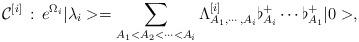
LaTeX: \begin{align*}{\cal C}^{[i]}\, : \, e^{\Omega _i}|\lambda _i>=\sum _{A_1< A_2< \cdots < A_i}\Lambda ^{[i]}_{A_1,\cdots , A_i} \flat_{A_i}^+ \cdots \flat_{A_1}^+|0>,\end{align*}